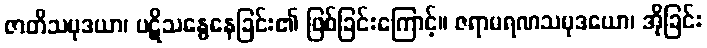
ဇာတိသမုဒယာ၊ ပဋိသန္ဓေနေခြင်း၏ ဖြစ်ခြင်းကြောင့်။ ဇရာမရဏသမုဒယော၊ အိုခြင်း